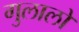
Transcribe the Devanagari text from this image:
गुलालों